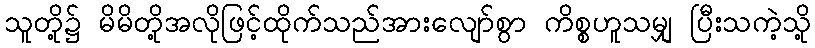
သူတို့၌ မိမိတို့အလိုဖြင့်ထိုက်သည်အားလျော်စွာ ကိစ္စဟူသမျှ ပြီးသကဲ့သို့